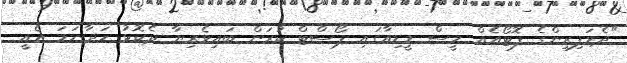
"ދެމަފިރިންގެ ފޮޓޯއެއް މީސް މީޑިއާގައި ޕޯސްޓް ކުރަން ބައިވެރިޔާ ދެކޮޅު ހަދާނަމަ އެއީ